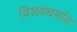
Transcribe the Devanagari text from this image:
विशवधर्माय